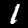
Digit: 1